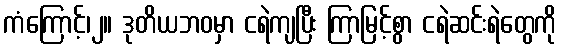
ကံကြောင့်၊၂။ ဒုတိယဘဝမှာ ငရဲကျပြီး ကြာမြင့်စွာ ငရဲဆင်းရဲတွေကို